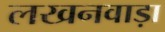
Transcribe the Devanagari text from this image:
लखनवाड़ा